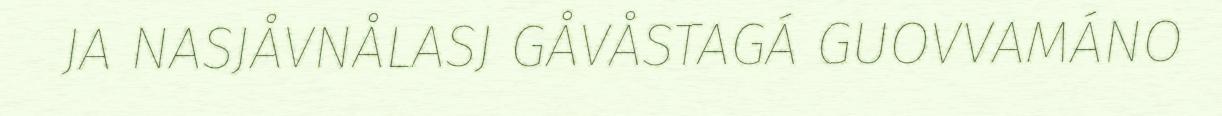
JA NASJÅVNÅLASJ GÅVÅSTAGÁ GUOVVAMÁNO